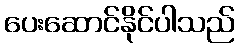
ပေးဆောင်နိုင်ပါသည်